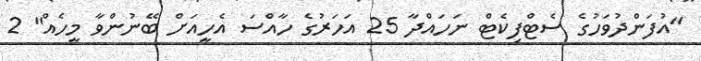
"އުފަންދުވަހުގެ ސެޓްފިކެޓް ނަހައްދާ 25 އަހަރުގެ ހާއްސަ އެހީއަށް ބޭނުންވާ މީހެއް" 2